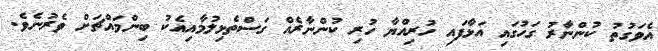
އެވަގުތު ކުންނާރު ގަހުގައި އަޅާފައި ހުރިއްޔާ ހުރި ކުންނާރެއް ގަސްތެޅިލުމާއިއެކު ބިންމައްޗަށް ވެރުނެވެ.